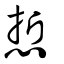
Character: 悊